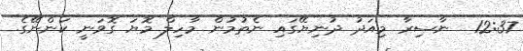
12:37  ނާސިރާ މިއަދު ދުނިޔޭގައި ނެތުމުން މާހިލް މޮޔަ ގޮވަނީ ކަންނޭގެ.